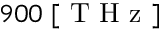
9 0 0 \; [ \mathrm { ~ T ~ H ~ z ~ } ]